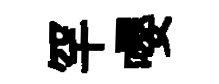
罕嚶